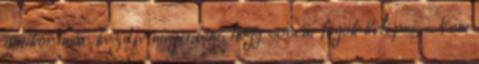
amikor már kezdte megérteni, hogy sosem fogok belépni. „Nem